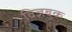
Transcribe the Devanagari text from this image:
विज़बुक